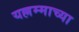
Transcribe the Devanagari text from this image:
यल्लम्माच्या